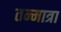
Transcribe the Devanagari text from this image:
तन्मात्रा